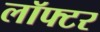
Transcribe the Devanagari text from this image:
लॉफ्टर